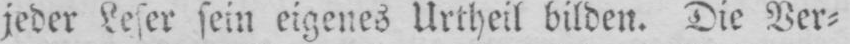
jeder Leser sein eigenes Urtheil bilden. Die Ver⸗